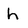
Character: h